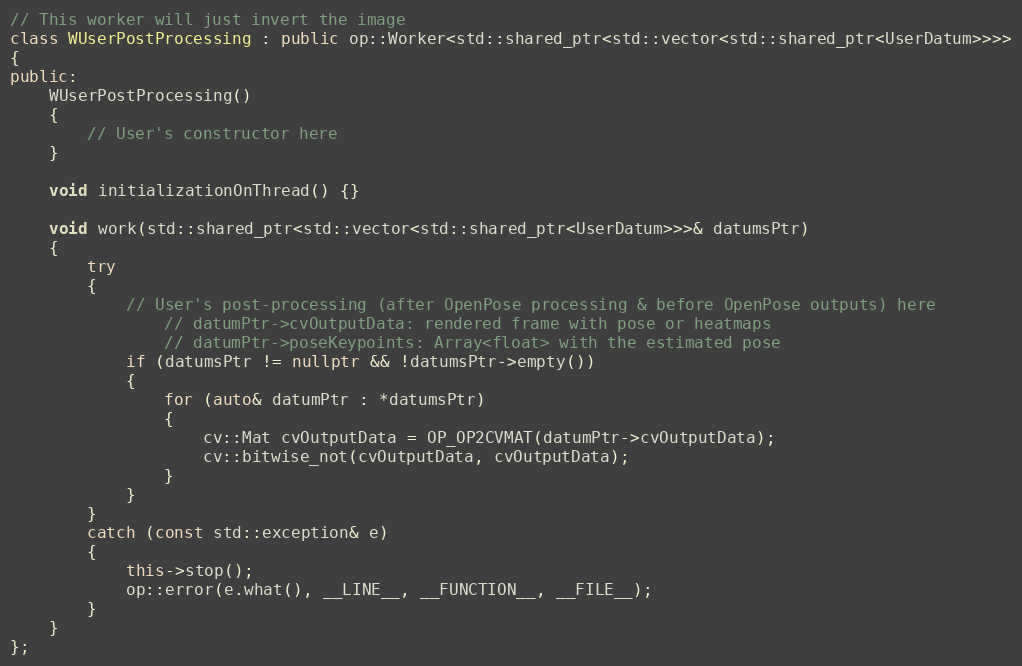
Language: C++
// This worker will just invert the image
class WUserPostProcessing : public op::Worker<std::shared_ptr<std::vector<std::shared_ptr<UserDatum>>>>
{
public:
    WUserPostProcessing()
    {
        // User's constructor here
    }

    void initializationOnThread() {}

    void work(std::shared_ptr<std::vector<std::shared_ptr<UserDatum>>>& datumsPtr)
    {
        try
        {
            // User's post-processing (after OpenPose processing & before OpenPose outputs) here
                // datumPtr->cvOutputData: rendered frame with pose or heatmaps
                // datumPtr->poseKeypoints: Array<float> with the estimated pose
            if (datumsPtr != nullptr && !datumsPtr->empty())
            {
                for (auto& datumPtr : *datumsPtr)
                {
                    cv::Mat cvOutputData = OP_OP2CVMAT(datumPtr->cvOutputData);
                    cv::bitwise_not(cvOutputData, cvOutputData);
                }
            }
        }
        catch (const std::exception& e)
        {
            this->stop();
            op::error(e.what(), __LINE__, __FUNCTION__, __FILE__);
        }
    }
};